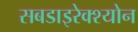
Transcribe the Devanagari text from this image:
सबडाइरेक्श्योन